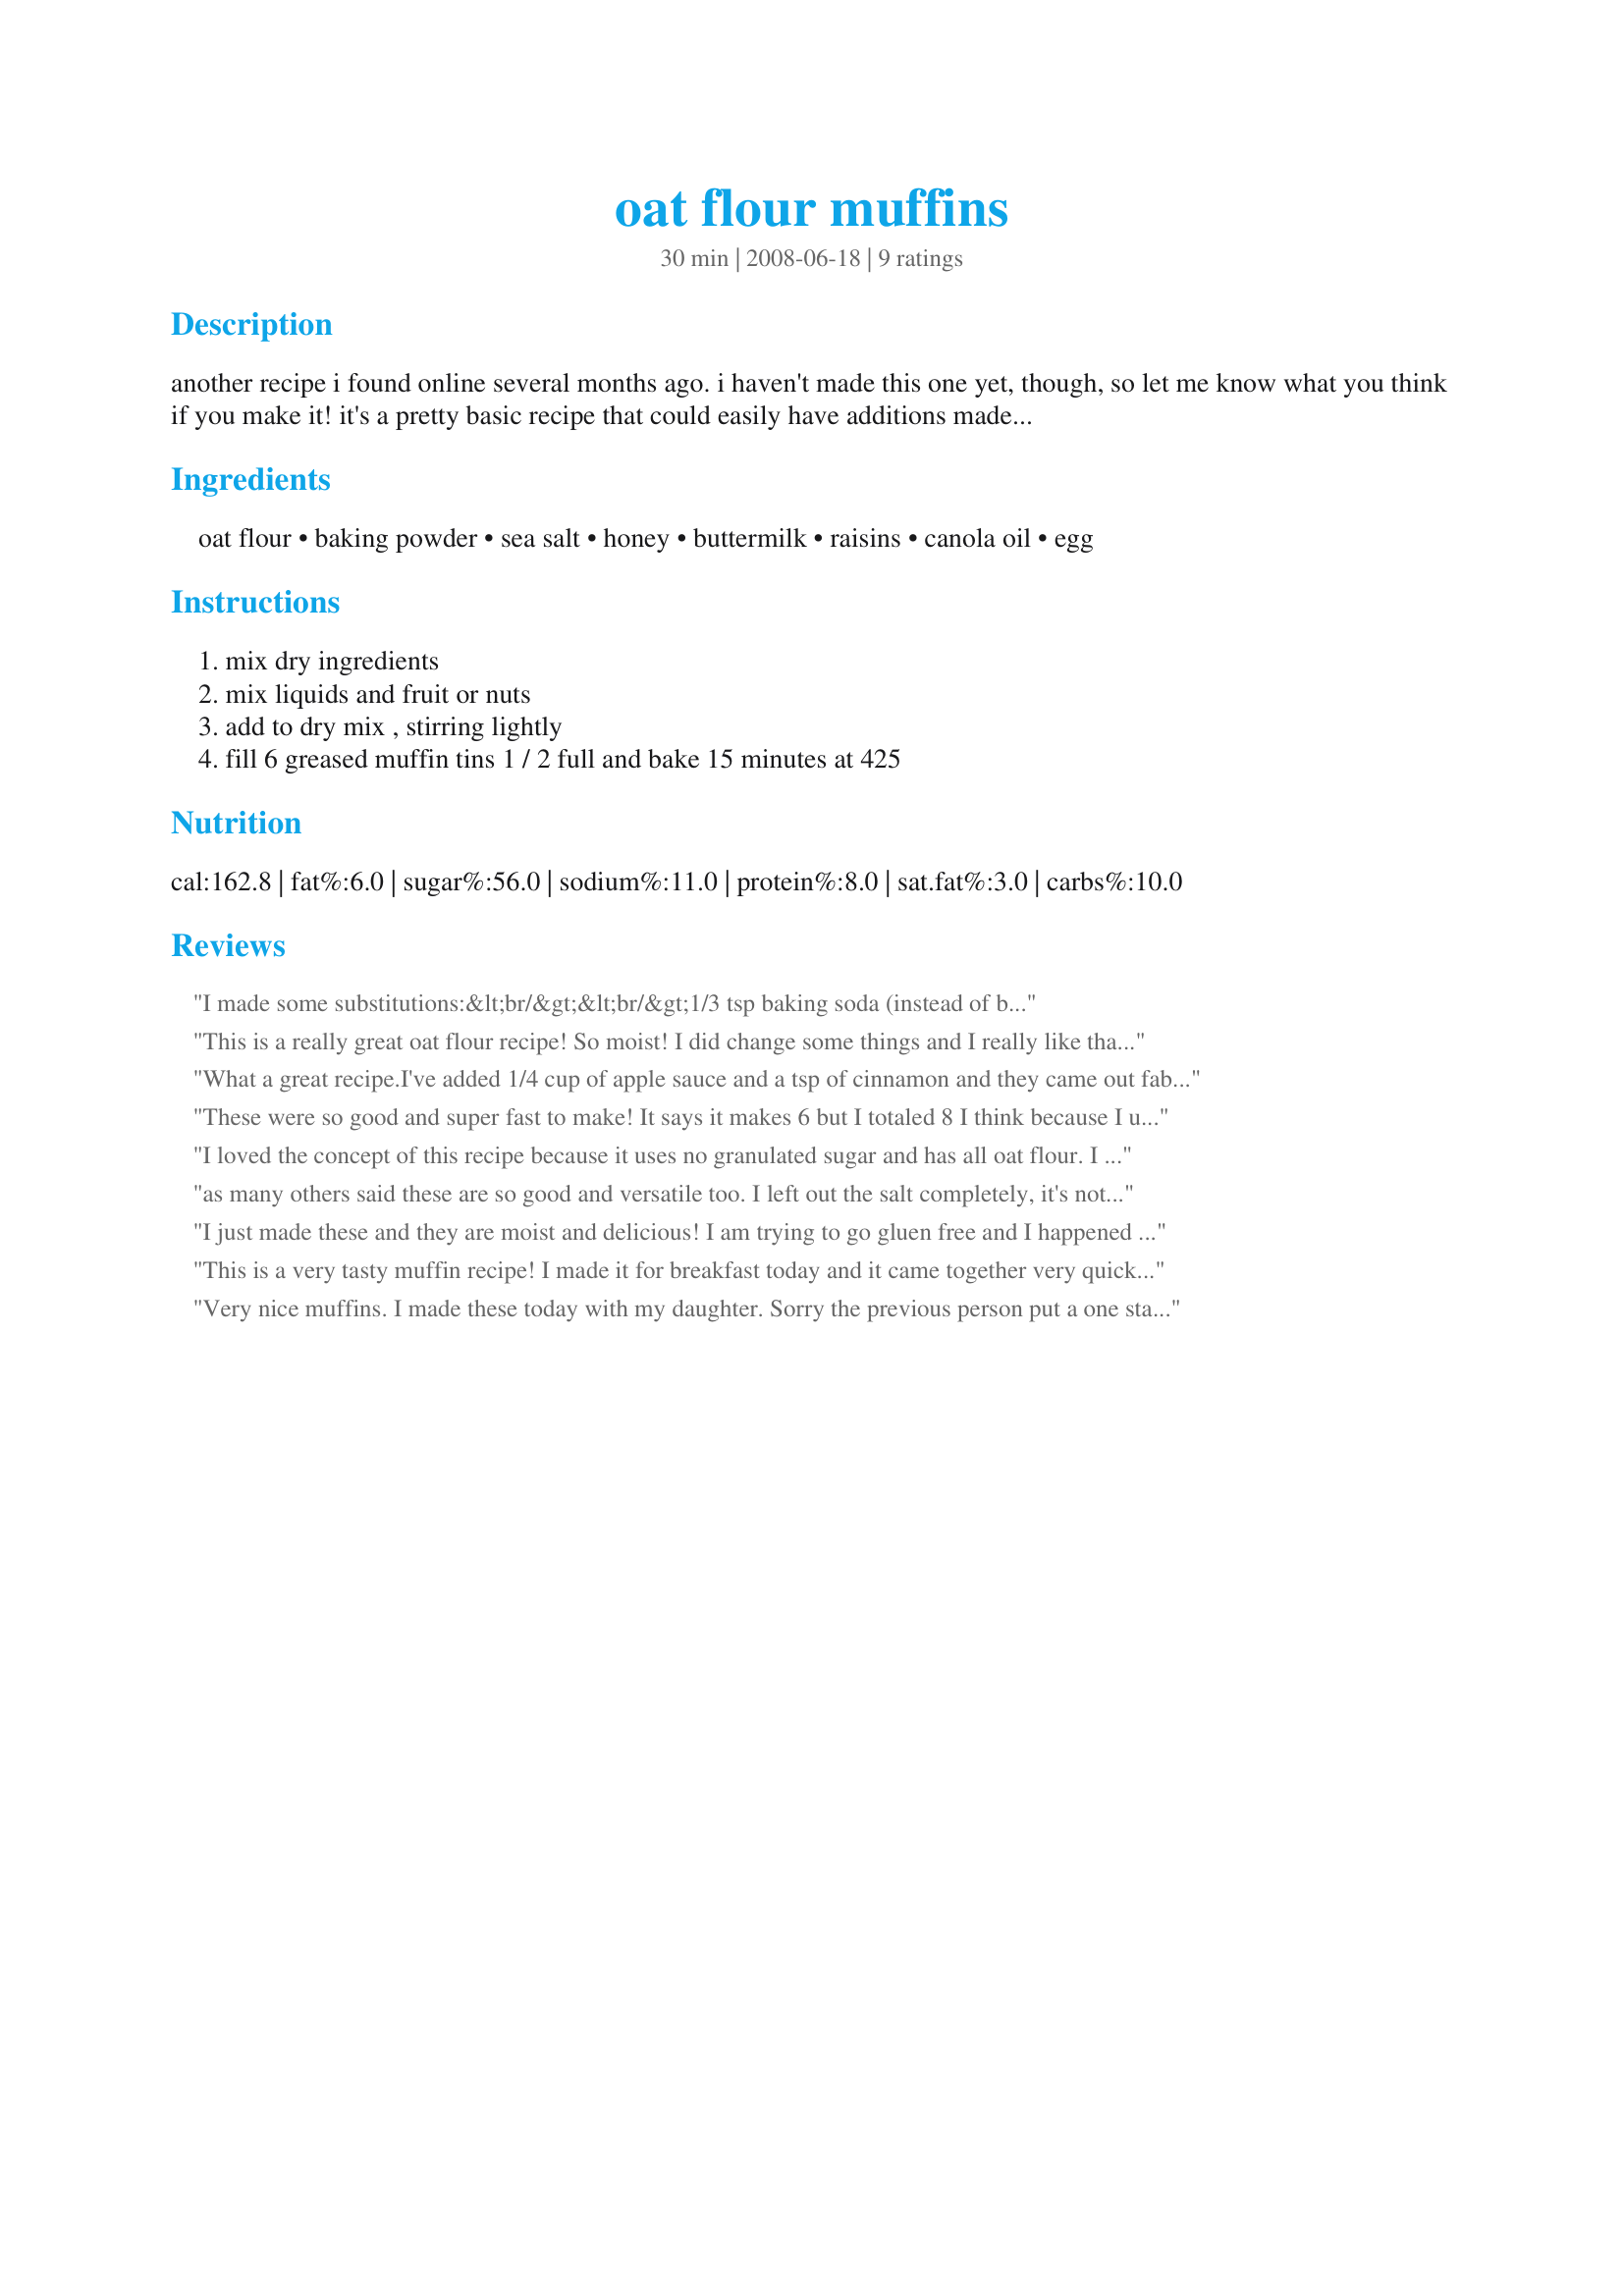
oat flour muffins
Preparation time: 30 minutes

another recipe i found online several months ago. i haven't made this one yet, though, so let me know what you think if you make it! it's a pretty basic recipe that could easily have additions made or be doubled, or whatever. oh, and just a note to those who haven't used oat flour before: you don't have to go out and spend a lot on those tiny packages of oat flour at the store. if you have a blender or food processor and a jar of quick-cooking or old fashioned oats, you can easily make your own oat flour! just grind/process until flour consistency! update: the first ingredient is supposed to be 1 c oat flour. i have it typed in there, but for some reason, it just isn't showing on the final submission.

Ingredients:
oat flour, baking powder, sea salt, honey, buttermilk, raisins, canola oil, egg

Steps:
mix dry ingredients, mix liquids and fruit or nuts, add to dry mix , stirring lightly, fill 6 greased muffin tins 1 / 2 full and bake 15 minutes at 425

Reviews:
I made some substitutions:&lt;br/&gt;&lt;br/&gt;1/3 tsp baking soda (instead of baking powder)&lt;br/&gt;1 tbsp applesauce (instead of oil)&lt;br/&gt;1/2 c chocolate chips (instead of raisins)&lt;br/&gt;1 tbsp honey (instead of 2 tbsp)
This is a really great oat flour recipe! So moist! I did change some things and I really like that it seems to adapt well to substitutions.<br/><br/>I didn't have buttermilk or raisins on hand so I used approximately 1/3 C of Sour Cream in place of the buttermilk and white chocolate chips in place of the raisins. I also added about 1 t vanilla, 1/2 t cinnamon. I only had peanut oil on hand and that worked very well. I also took the suggestion of adding less salt and measured 1/2 t salt and poured some out of the measuring spoon. It probably ended up being in-between 1/4 and 1/2 and I could definitely still taste some salt in it. I would definitely use 1/4 t next time.<br/><br/>I plan on using this muffin recipe alot and changing it a little each time. I meant to put some chia seeds in it too, but forgot as I was so anxious to get these in the oven. I just ate 2 of them as they were sooooo moist and scrumptious! Perfect sweetness, not too sweet at all and not bland either....just perfect. Oh, I did add just a splash of organic maple syrup too. Just a teaspoon probably. I didn't use a muffin pan though as I don't have one. I used the Reynold's wrap foil lined muffin cups and they worked perfectly. I am not even sure if they still make those anymore as I've had these for several years. I plan on buying more! Perfect! Thank you for sharing this recipe!
What a great recipe.I've added 1/4 cup of apple sauce and a tsp of cinnamon and they came out fabulous! Real treat at my house. Thanks for posting.
These were so good and super fast to make! It says it makes 6 but I totaled 8 I think because I used silicone muffin cups, which by the way, you do not need to add any additional oil and they come out clean. I did add some cinnamon like another review suggested but otherwise made it as written. I like it so much that I&#039;ve booked marked this recipe.
I loved the concept of this recipe because it uses no granulated sugar and has all oat flour. I made these for my boys and they were an instant hit! They are an absolute favorite in the house. I did make some substitutions though. I substituted half a tablespoon of the honey for molasses. That gives it a nice warm, malty flavor. I used whey from yogurt-making as a substitute for buttermilk. Also, I used Chocolate chips instead of raisins (because I just love chocolate chips!). I quadruple the recipe every time I make it, because 24 muffins only last a few days in my household! They are also really nice wiht some rolled oats sprinkled on top. Thanks for the great recipe!
as many others said these are so good and versatile too. I left out the salt completely, it's not needed. I also cut back just a bit on the oil and I used walnut oil and virgin coconut oil at different times. I have used unsweetened coconut and walnuts, cinnamon with half molasses, blue berries all with great out comes. I also add a bit of stevia to make them sweeter (they are not very sweet, but still good) and on one batch halved the honey and used half stevia to cut back on the calories and sugar content. Since stevia comes in many forms you have to experiment to find out how much of yours to use. This is one recipe that I will use again and again...Wheat free, refined sugar free and delish. Easy to make too.
I just made these and they are moist and delicious! I am trying to go gluen free and I happened to have oat flour in the freezer. Unfortunately, I did not read the reviews until they were in the oven --They are a bit too salty for me. I will make them with a pinch of sea salt next time. I used coconut oil instead of canola, added some cinnamon and almond extract (didn't measure), a bit of chopped raw walnuts and chocolate chips, and once they were in the muffin pan I sprinkled them with wheat germ. These will make a great snack for the kids. Thanks!
This is a very tasty muffin recipe! I made it for breakfast today and it came together very quickly and easily and had a good taste as well. I just think it was a bit plain for my taste and thats why Id add some cinnamon (maybe 1ts) the next time I make it. Also Id reduce the salt to a pinch or 1/4 ts, cause it was a little stron in my opinion. I didnt have oat flour so I just used oat bran and that worked just fine. Thanks so much for sharing this wonderful recipe with us, qotw13! Ill surely make it again with some slight additions.
Made and reviewed for one of my "babies" in Spring PAC 2009.
Very nice muffins. I made these today with my daughter. Sorry the previous person put a one star rating simply to point out a mistake in the recipe; no idea why they did that. I used all organic ingredients, and left out the raisins (had none) and subbed walnuts. Very nice texture with a simple taste. I threw in a tablespoon of ground flax meal (i throw that into everything i bake) and I used an oil that has a blend of canola and olive oil. Great for breakfast and I will make them again. Thanks for sharing.
